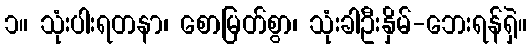
၁။ သုံးပါးရတနာ၊ စောမြတ်စွာ၊ သုံးခါဦးနှိမ်-ဘေးရန်ရှဲ။